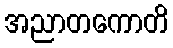
အညာတကောတိ